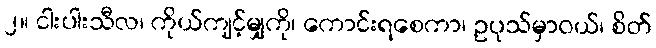
၂။ ငါးပါးသီလ၊ ကိုယ်ကျင့်မျှကို၊ ကောင်းရစေကာ၊ ဥပုသ်မှာဝယ်၊ စိတ်